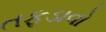
તફડાવો